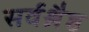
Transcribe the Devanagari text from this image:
सर्वश्रैष्ठ